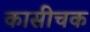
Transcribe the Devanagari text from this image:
कासीचक